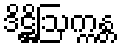
ဒိဋ္ဌိဩက္ကန္တ